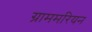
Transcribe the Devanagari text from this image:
ग्राममरियन